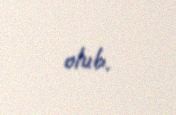
olub.